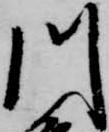
川